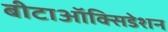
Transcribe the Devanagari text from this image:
बीटाऑक्सिडेशन